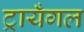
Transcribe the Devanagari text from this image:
ट्रायँगल